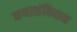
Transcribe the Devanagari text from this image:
कथासंविधान